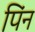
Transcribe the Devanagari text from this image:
पिंन